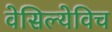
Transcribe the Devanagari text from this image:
वेसिल्येविच